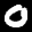
Label: 0